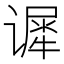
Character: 𰶈